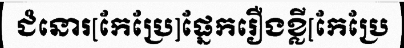
ជំនោរ[កែប្រែ]ផ្នែករឿងខ្លី[កែប្រែ